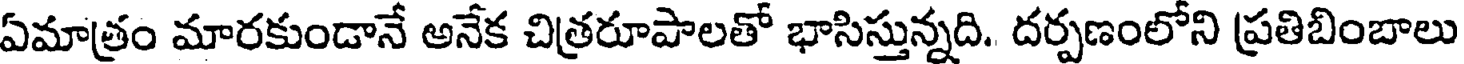
ఏమాత్రం మారకుండానే అనేక చిత్రరూపాలతో భాసిస్తున్నది. దర్పణంలోని ప్రతిబింబాలు